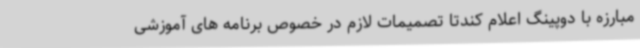
مبارزه با دوپینگ اعلام کندتا تصمیمات لازم در خصوص برنامه های آموزشی